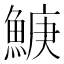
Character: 𬵛